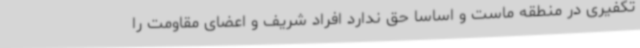
تکفیری در منطقه ماست و اساسا حق ندارد افراد شریف و اعضای مقاومت را